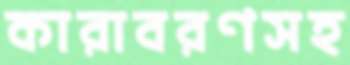
কারাবরণসহ